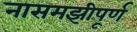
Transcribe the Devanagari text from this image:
नासमझीपूर्ण